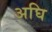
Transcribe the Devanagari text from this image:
अघि